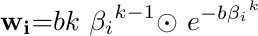
 \begin{equation*}
     \mathbf{w}_{\mathbf{i}}\mathbf{=}bk\ {\mathbf{\beta}_{i}}^{k - 1}{\odot\ e}^{- b{\mathbf{\beta}_{i}}^{k}}
 \end{equation*}